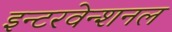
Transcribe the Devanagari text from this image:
इन्टरवेन्शनल